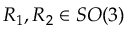
R _ { 1 } , R _ { 2 } \in S O ( 3 )